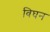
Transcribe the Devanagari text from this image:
विघन